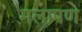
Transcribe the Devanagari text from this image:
मलापण